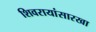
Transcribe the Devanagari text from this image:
शिवरायांसारखा